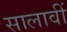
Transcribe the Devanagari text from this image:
सालावीं